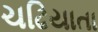
ચઢિયાતા